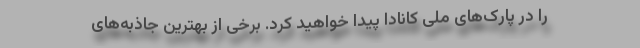
را در پارک‌های ملی کانادا پیدا خواهید کرد. برخی از بهترین جاذبه‌های